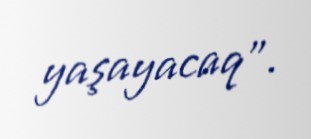
yaşayacaq”.